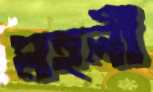
মহলী